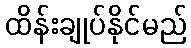
ထိန်းချုပ်နိုင်မည်